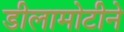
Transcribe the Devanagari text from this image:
डीलामोटीने